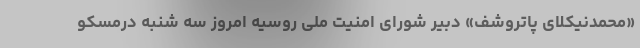
«محمدنیکلای پاتروشف» دبیر شورای امنیت ملی روسیه امروز سه شنبه درمسکو